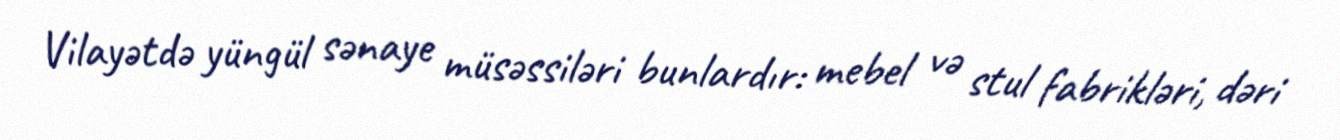
Vilayətdə yüngül sənaye müsəssiləri bunlardır: mebel və stul fabrikləri, dəri